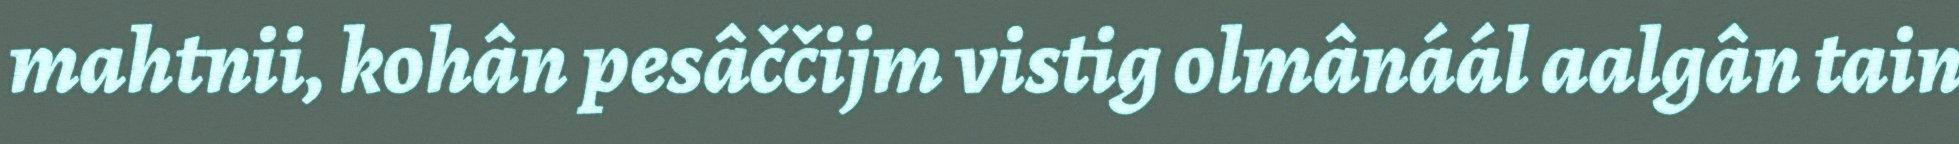
mahtnii, kohân pesâččijm vistig olmânáál aalgân tain